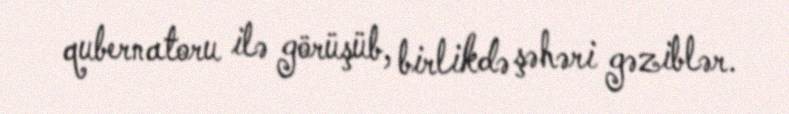
qubernatoru ilə görüşüb, birlikdə şəhəri gəziblər.